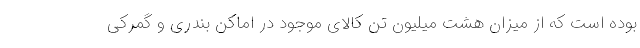
بوده است که از میزان هشت میلیون تن کالای موجود در اماکن بندری و گمرکی